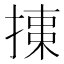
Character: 𢱠